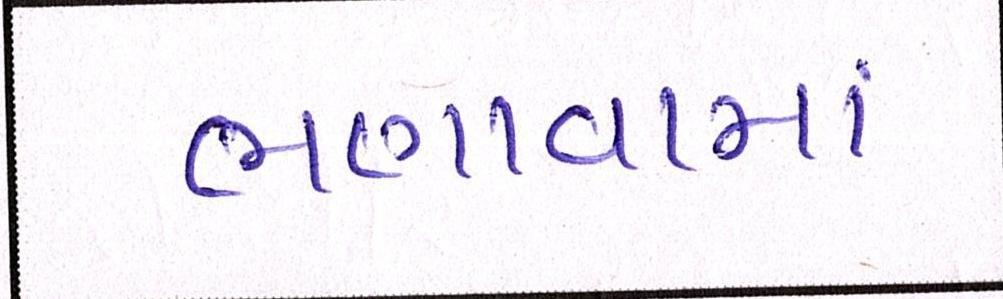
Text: ભણાવામાં